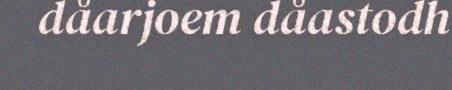
dåarjoem dåastodh